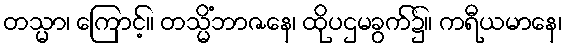
တသ္မာ၊ ကြောင့်။ တသ္မိံဘာဇနေ၊ ထိုပဌမခွက်၌။ ကရီယမာနေ၊